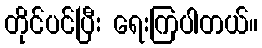
တိုင်ပင်ပြီး ရေးကြပါတယ်။